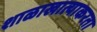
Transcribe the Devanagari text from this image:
शाळाखात्याकरता